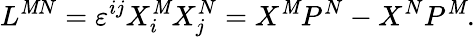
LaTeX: L^{\mathit{M}N}=\varepsilon^{ij}X_{i}^{\mathit{M}}X_{j}^{N}=X^{\mathit{M}}P^{N}-X^{N}P^{\mathit{M}}.